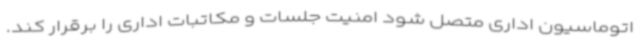
اتوماسیون اداری متصل شود امنیت جلسات و مکاتبات اداری را برقرار کند.